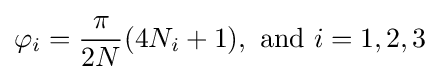
\varphi _{i}={\frac {\pi }{2N}}(4N_{i}+1),{\text{ and }}i=1,2,3